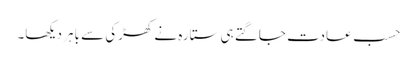
حسبِ عادت جاگتے ہی ستارہ نے کھڑکی سے باہر دیکھا۔